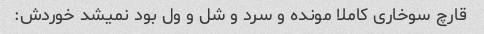
قارچ سوخاری کاملا مونده و سرد و شل و ول بود نمیشد خوردش: